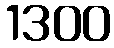
1300